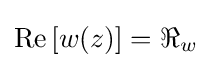
\operatorname {Re} \left[w(z)\right]=\Re _{w}